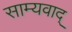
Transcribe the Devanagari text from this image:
साम्यवाद्